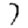
Digit: 7